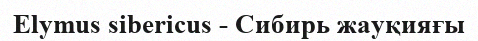
Elymus sibericus - Сибирь жауқияғы